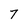
Character: 7